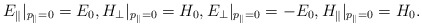
\begin{align*}{E}_{\parallel}|_{p_{\parallel}=0} = E_0, {H}_{\perp}|_{p_{\parallel}=0} = H_0, {E}_{\perp}|_{p_{\parallel}=0} = -E_0, {H}_{\parallel}|_{p_{\parallel}=0} = H_0.\end{align*}